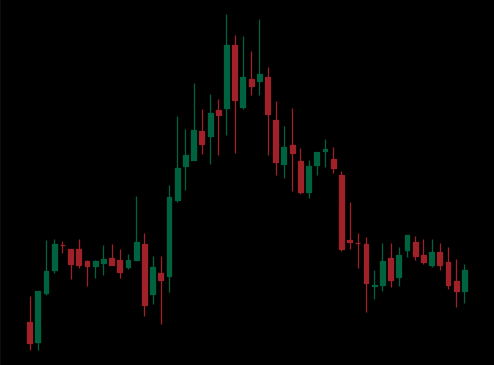
Pattern: head_shoulders